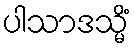
ပါသာဒသ္မိံ